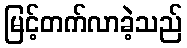
မြင့်တက်လာခဲ့သည်